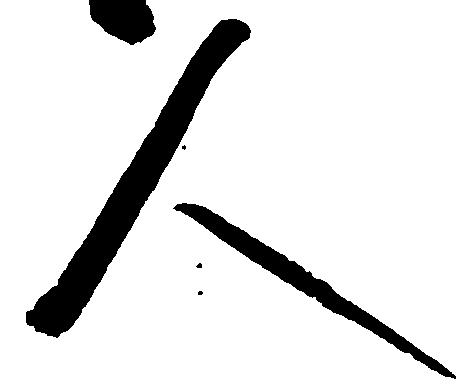
人